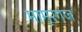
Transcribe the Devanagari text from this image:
मामूरगंज